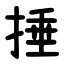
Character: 捶